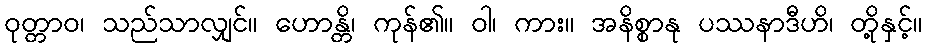
ဝုတ္တာဝ၊ သည်သာလျှင်။ ဟောန္တိ၊ ကုန်၏။ ဝါ၊ ကား။ အနိစ္စာနု ပဿနာဒီဟိ၊ တို့နှင့်။